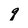
Character: q